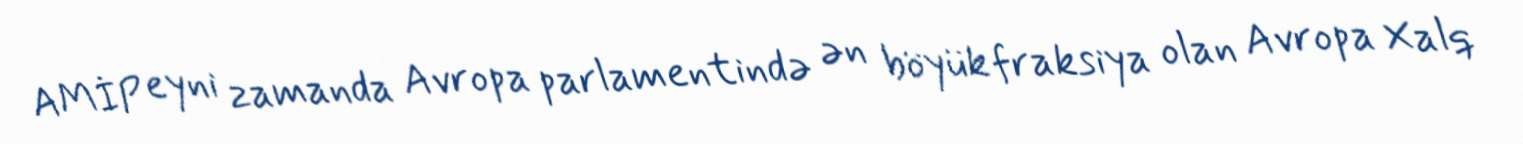
AMİP eyni zamanda Avropa parlamentində ən böyük fraksiya olan Avropa Xalq